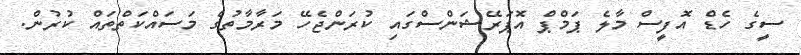
ސީގެ ހެޑް އޮފީސް މާލެ ޕަމްޕް އޮޕަރޭޝަންސްގައި ކުރަންޖެހޭ މަރާމާތުގެ މަސައްކަތްތައް ކުރުން.